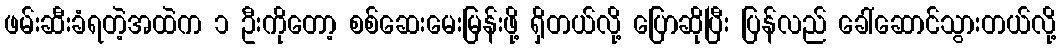
ဖမ်းဆီးခံရတဲ့အထဲက ၁ ဦးကိုတော့ စစ်ဆေးမေးမြန်းဖို့ ရှိတယ်လို့ ပြောဆိုပြီး ပြန်လည် ခေါ်ဆောင်သွားတယ်လို့